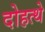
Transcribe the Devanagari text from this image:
दोहत्थे